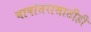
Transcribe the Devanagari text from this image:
भाषांतरासाठीही